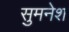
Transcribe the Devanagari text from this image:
सुमनेश